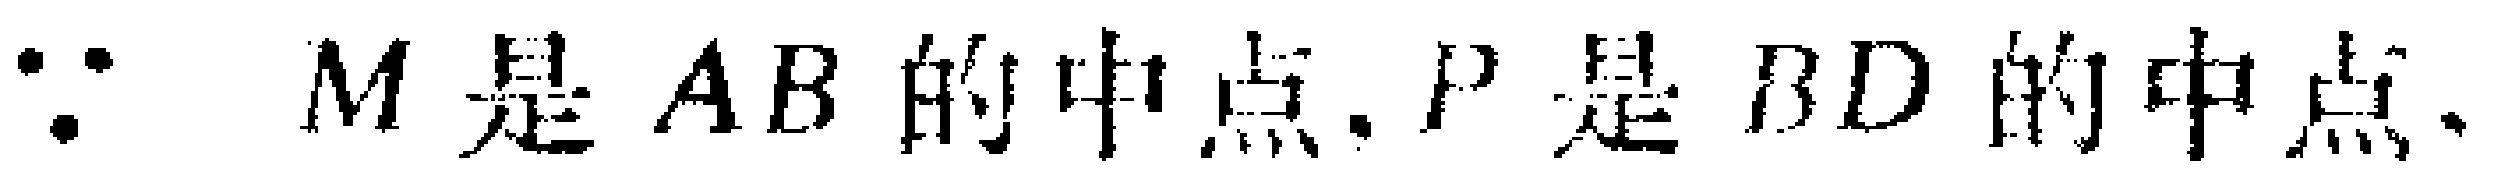
$\because M\text{是}AB\text{的中点},P\text{是}BD\text{的中点}.$